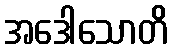
အဒေါသောတိ